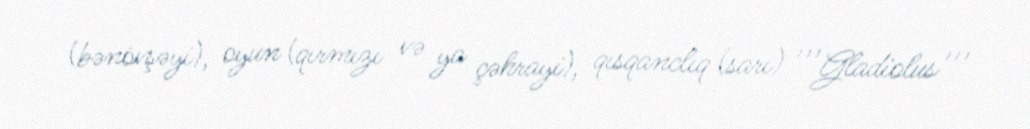
(bənövşəyi), oyun (qırmızı və ya çəhrayi), qısqanclıq (sarı) '''Gladiolus'''